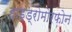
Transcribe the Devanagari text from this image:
हाइड्रोमोरफोन